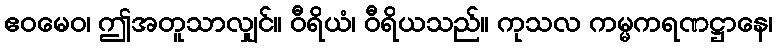
ဧဝမေဝ၊ ဤအတူသာလျှင်။ ဝီရိယံ၊ ဝီရိယသည်။ ကုသလ ကမ္မကရဏဋ္ဌာနေ၊